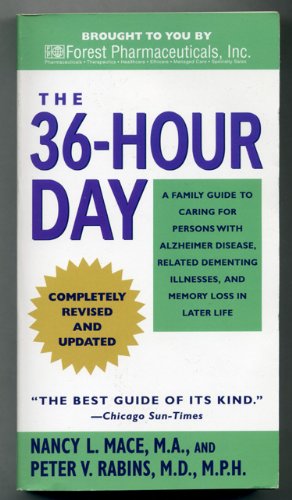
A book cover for The 36-hour Day - Completely Revised and Updated --2008 publication; Peter V. Rabins Nancy L. Mace; Parenting & Relationships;